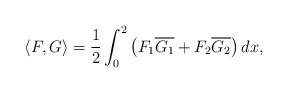
\begin{align*}\langle F, G\rangle = \frac{1}{2}\int_0^2 \big(F_1\overline{G_1}+ F_2\overline{G_2}\big)\,dx,\end{align*}